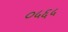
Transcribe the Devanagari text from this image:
०५६५